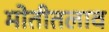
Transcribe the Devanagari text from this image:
मोतीतलाव